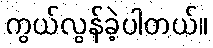
ကွယ်လွန်ခဲ့ပါတယ်။